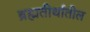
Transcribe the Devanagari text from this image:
ब्रह्मतीर्थातील